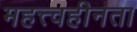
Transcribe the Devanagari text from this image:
महत्त्वहीनता